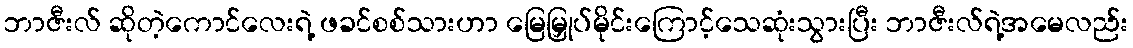
ဘာဇီးလ် ဆိုတဲ့ကောင်လေးရဲ့ ဖခင်စစ်သားဟာ မြေမြှုပ်မိုင်းကြောင့်သေဆုံးသွားပြီး ဘာဇီးလ်ရဲ့အမေလည်း